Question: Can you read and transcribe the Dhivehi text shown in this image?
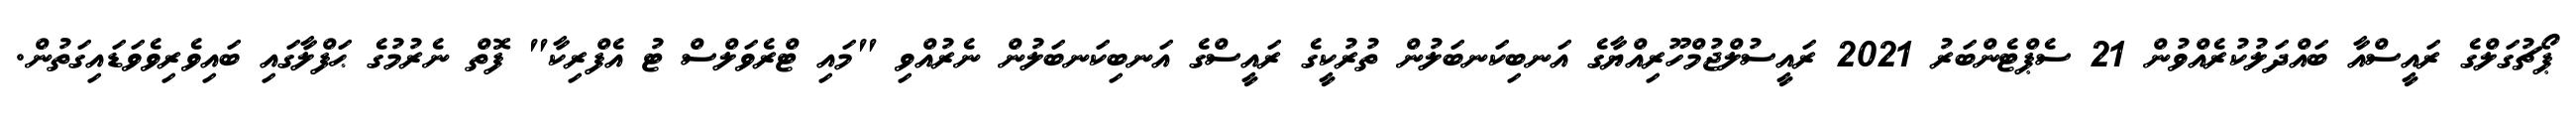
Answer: ޕޯޗުގަލްގެ ރައީސްއާ ބައްދަލުކުރެއްވުން 21 ސެޕްޓެންބަރު 2021 ރައީސުލްޖުމްހޫރިއްޔާގެ އަނބިކަނބަލުން ތުރުކީގެ ރައީސްގެ އަނބިކަނބަލުން ނެރުއްވި "މައި ޓްރެވަލްސް ޓު އެފްރިކާ" ފޮތް ނެރުމުގެ ޙަފްލާގައި ބައިވެރިވެވަޑައިގަތުން.